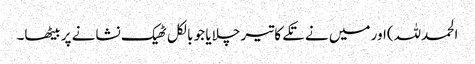
الحمدللہ)اور میں نے تکے کا تیر چلایا جو بالکل ٹھیک نشانے پر بیٹھا۔